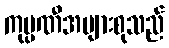
ကုမ္ပဏီအများစုသည်